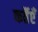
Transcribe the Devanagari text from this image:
कर्तैएँ